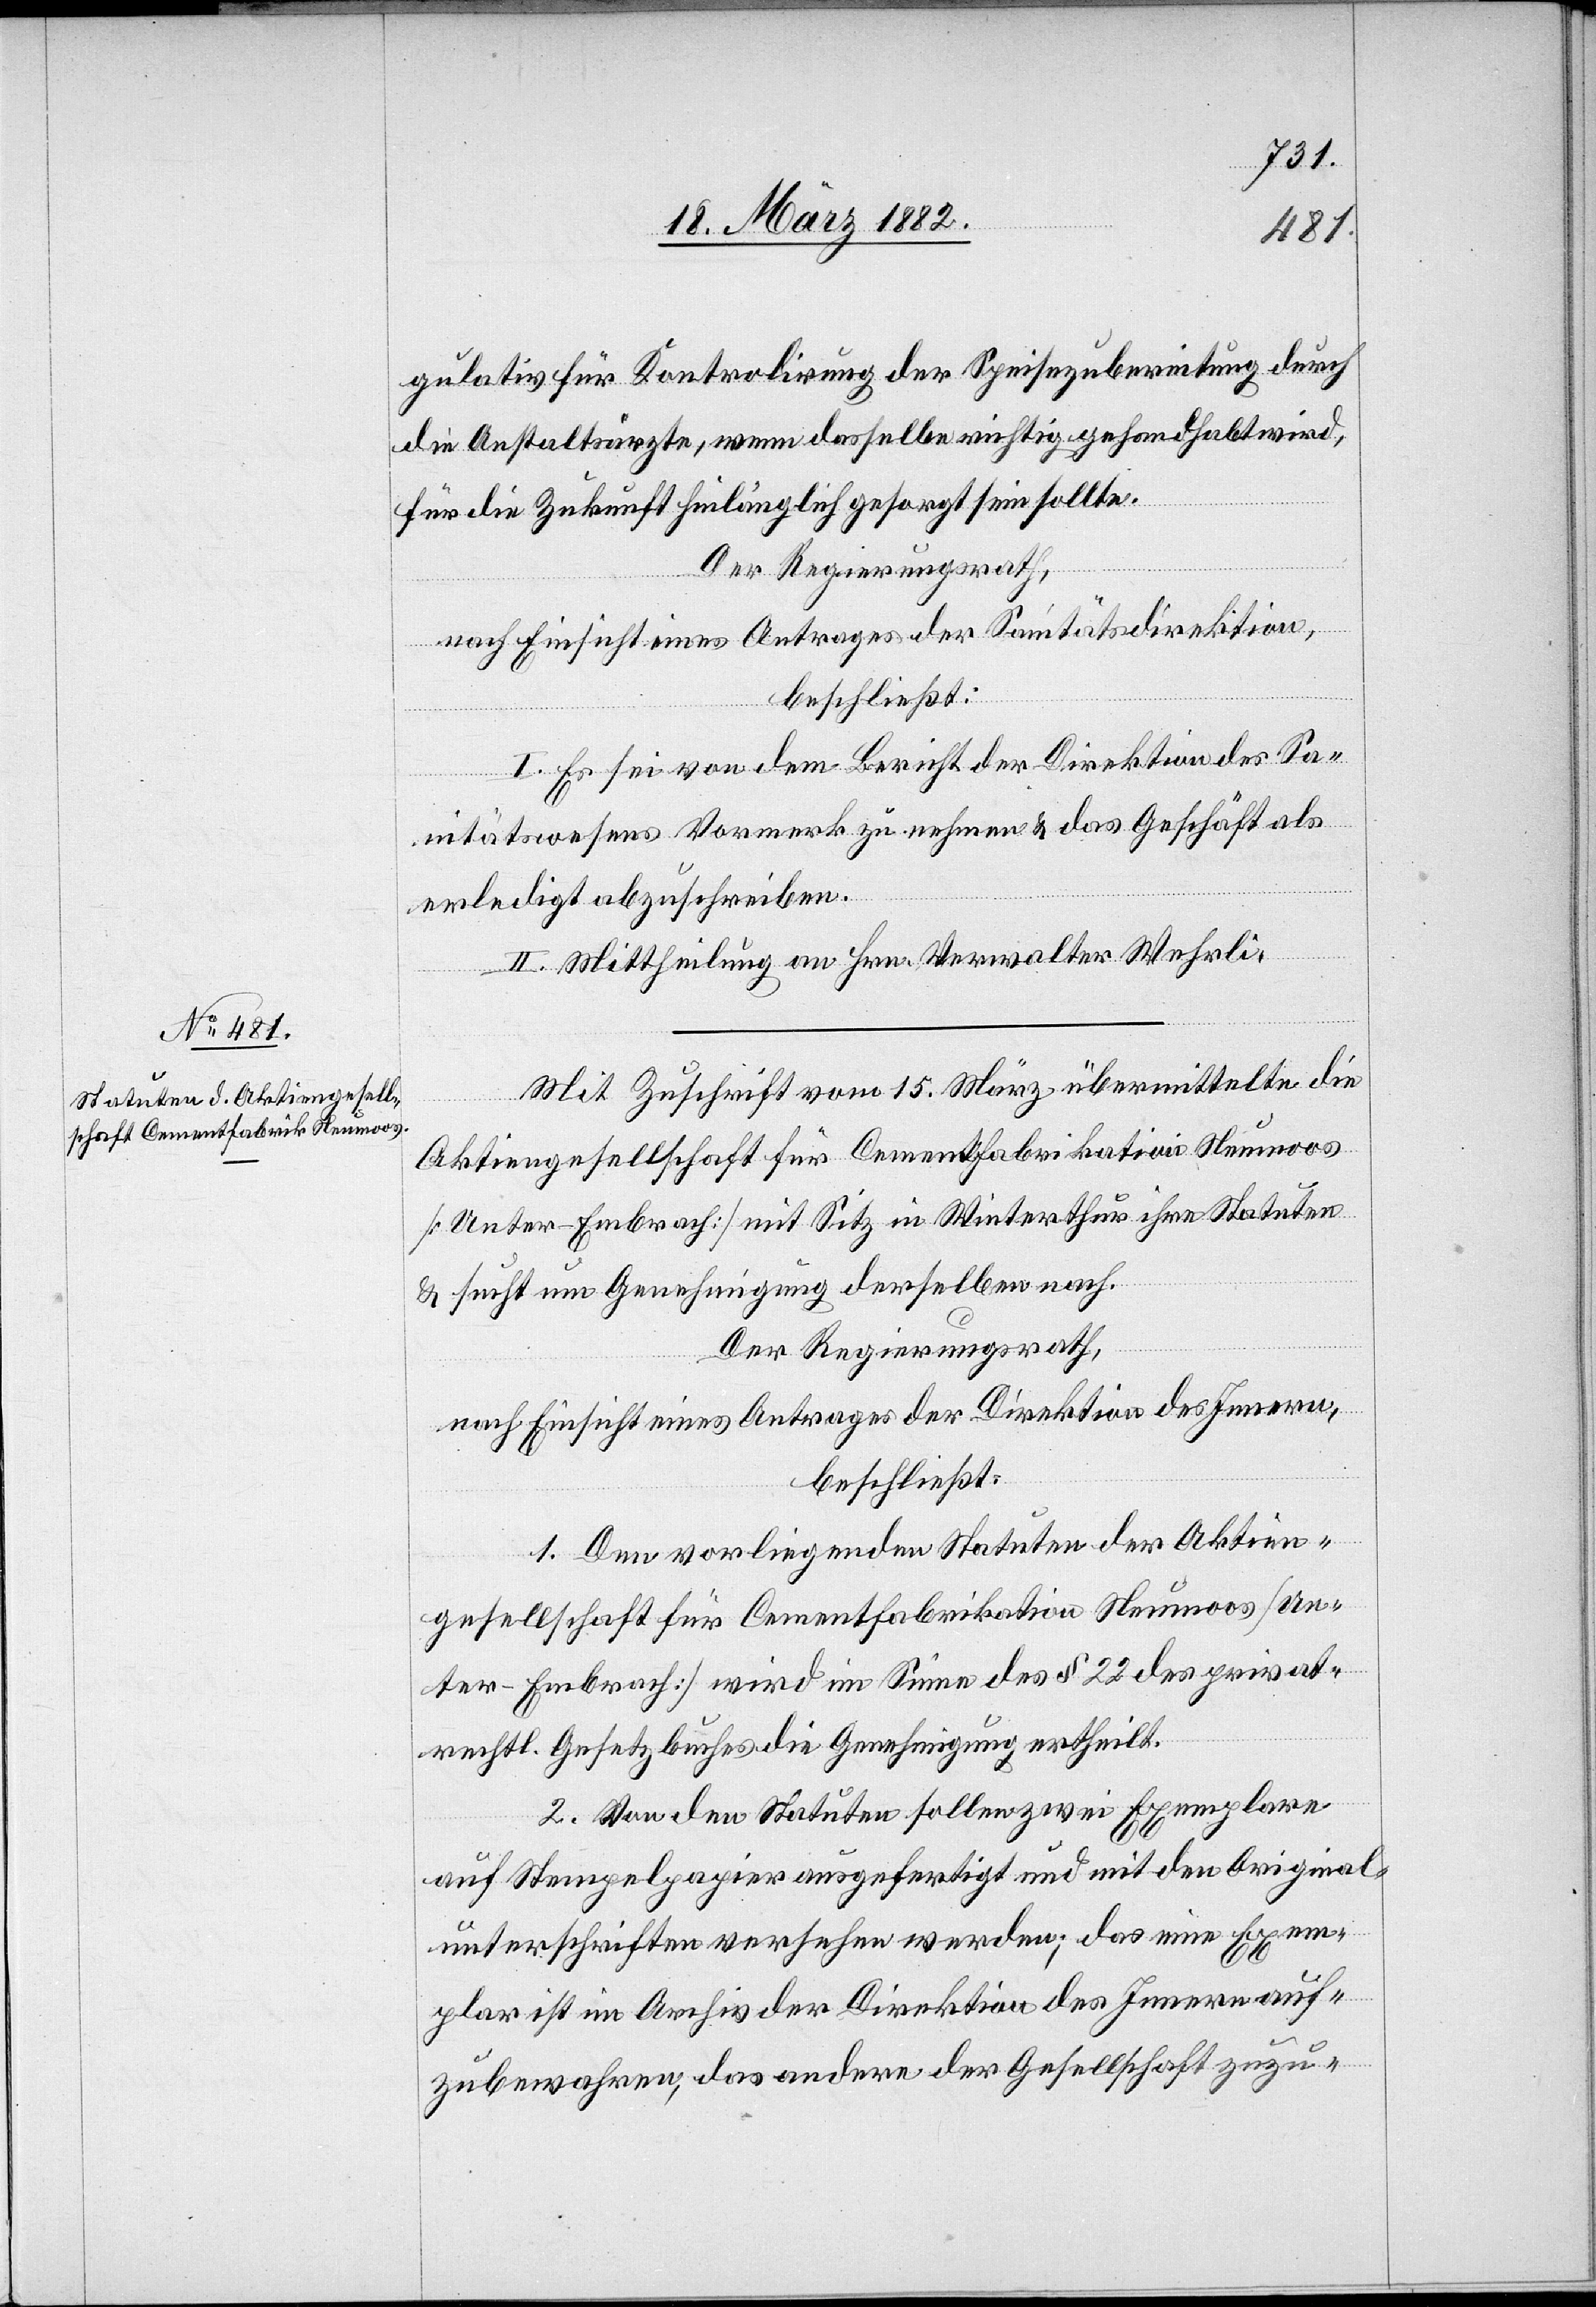
gulativ für Kontrolirung der Speisezubereitung durch
die Anstaltsärzte, wenn dasselbe richtig gehandhabt wird,
für die Zukunft hinlänglich gesorgt sein sollte.
Der Regierungsrath,
nach Einsicht eines Antrages der Sanitätsdirektion,
beschließt:
I. Es sei von dem Bericht der Direktion des Sa¬
nitätswesens Vormerk zu nehmen & das Geschäft als
erledigt abzuschreiben.
II. Mittheilung an Hrn. Verwalter Wehrli.
Mit Zuschrift vom 15. März übermittelte die
Aktiengesellschaft für Cementfabrikation Neumoos
[Unter-Embrach] mit Sitz in Winterthur ihre Statuten
& sucht um Genehmigung derselben nach.
Der Regierungsrath,
nach Einsicht eines Antrages der Direktion des Innern,
beschließt:
1. Den vorliegenden Statuten der Aktien¬
gesellschaft für Cementfabrikation Neumoos [Un¬
ter-Embrach] wird im Sinne des § 22 des privat¬
rechtl. Gesetzbuches die Genehmigung ertheilt.
2. Von den Statuten sollen zwei Exemplare
auf Stempelpapier ausgefertigt und mit den Original¬
unterschriften versehen werden; das eine Exem¬
plar ist im Archiv der Direktion des Innern auf¬
zubewahren, das andere der Gesellschaft zuzu-